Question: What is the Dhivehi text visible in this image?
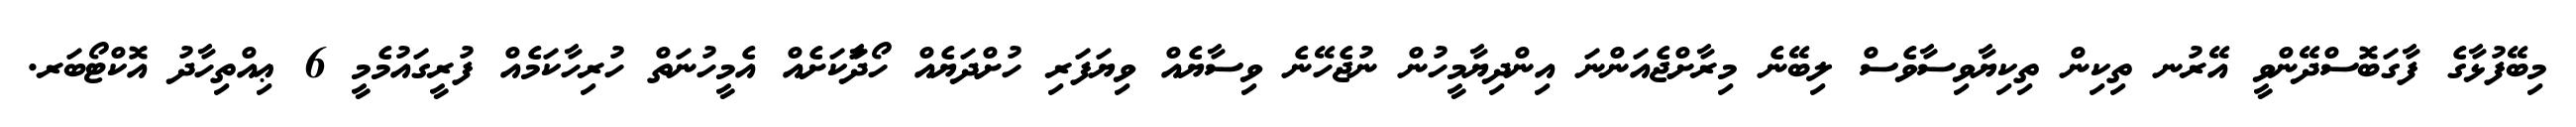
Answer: މިބޭފުޅާގެ ފާގަބޮސްދޭންވީ އޭރުނ ތިކިން ތިކިޔާވިސާވެސް ލިބޭނެ މިރާށްޖެއަންނަ އިންދިޔާމީހުން ނުޖެހޭނެ ވިސާޔެއް ވިޔަފަރި ހުށްދަޔެއް ހޯދާަކަށެއް އެމީހުނަތް ހުރިހާކަމެއް ފުރީގައުމެމީ 6 ޢިއްތިހާދު އޮކްޓޯބަރ.